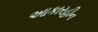
આકારહીન